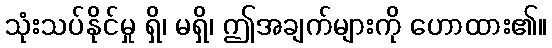
သုံးသပ်နိုင်မှု ရှိ၊ မရှိ၊ ဤအချက်များကို ဟောထား၏။